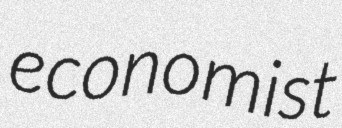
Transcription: economist